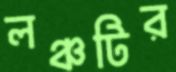
লঞ্চটির